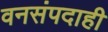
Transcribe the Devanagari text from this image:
वनसंपदाही